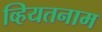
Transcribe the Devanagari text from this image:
व्हियतनाम